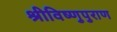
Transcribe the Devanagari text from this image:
श्रीविष्णुपुराण